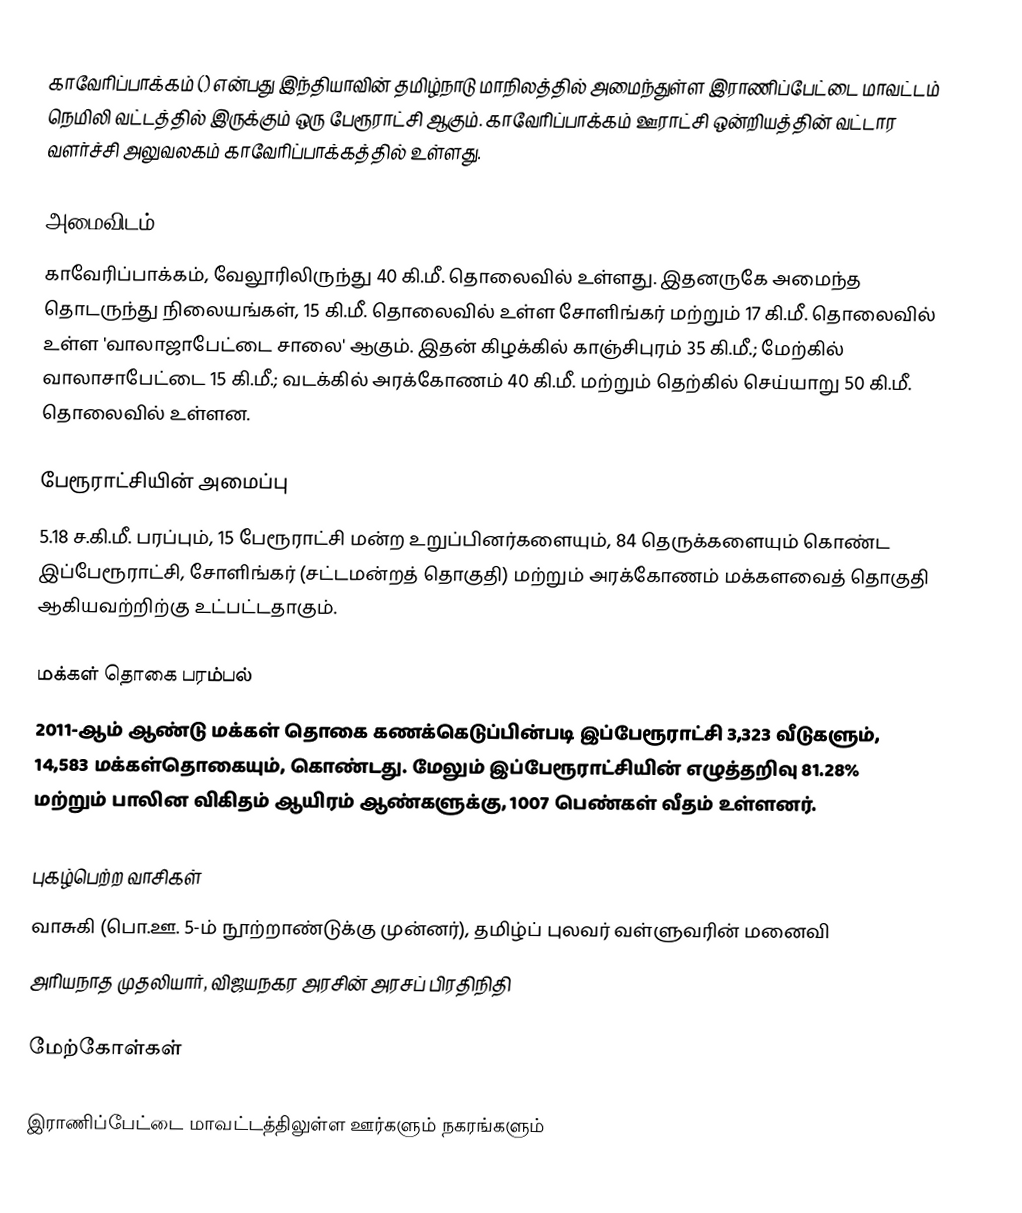
காவேரிப்பாக்கம் () என்பது இந்தியாவின் தமிழ்நாடு மாநிலத்தில் அமைந்துள்ள இராணிப்பேட்டை மாவட்டம் நெமிலி வட்டத்தில் இருக்கும் ஒரு பேரூராட்சி ஆகும். காவேரிப்பாக்கம் ஊராட்சி ஒன்றியத்தின் வட்டார வளர்ச்சி அலுவலகம் காவேரிப்பாக்கத்தில் உள்ளது.

அமைவிடம்
காவேரிப்பாக்கம், வேலூரிலிருந்து 40 கி.மீ. தொலைவில் உள்ளது. இதனருகே அமைந்த தொடருந்து நிலையங்கள், 15 கி.மீ. தொலைவில் உள்ள சோளிங்கர் மற்றும் 17 கி.மீ. தொலைவில் உள்ள 'வாலாஜாபேட்டை சாலை' ஆகும். இதன் கிழக்கில் காஞ்சிபுரம் 35 கி.மீ.; மேற்கில் வாலாசாபேட்டை 15 கி.மீ.; வடக்கில் அரக்கோணம் 40 கி.மீ. மற்றும் தெற்கில் செய்யாறு 50 கி.மீ. தொலைவில் உள்ளன.

பேரூராட்சியின் அமைப்பு
5.18 ச.கி.மீ. பரப்பும், 15 பேரூராட்சி மன்ற உறுப்பினர்களையும், 84 தெருக்களையும் கொண்ட இப்பேரூராட்சி, சோளிங்கர் (சட்டமன்றத் தொகுதி) மற்றும் அரக்கோணம் மக்களவைத் தொகுதி ஆகியவற்றிற்கு உட்பட்டதாகும்.

மக்கள் தொகை பரம்பல்
2011-ஆம் ஆண்டு மக்கள் தொகை கணக்கெடுப்பின்படி இப்பேரூராட்சி 3,323 வீடுகளும், 14,583 மக்கள்தொகையும், கொண்டது. மேலும் இப்பேரூராட்சியின் எழுத்தறிவு 81.28%  மற்றும் பாலின விகிதம் ஆயிரம் ஆண்களுக்கு, 1007  பெண்கள் வீதம் உள்ளனர்.

புகழ்பெற்ற வாசிகள்
 வாசுகி (பொ.ஊ. 5-ம் நூற்றாண்டுக்கு முன்னர்), தமிழ்ப் புலவர் வள்ளுவரின் மனைவி
 அரியநாத முதலியார், விஜயநகர அரசின் அரசப் பிரதிநிதி

மேற்கோள்கள்

இராணிப்பேட்டை மாவட்டத்திலுள்ள ஊர்களும் நகரங்களும்